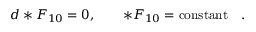
d * F _ { 1 0 } = 0 , \quad \quad * F _ { 1 0 } = \mathrm { c o n s t a n t } \quad .